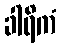
ခါရိကံ